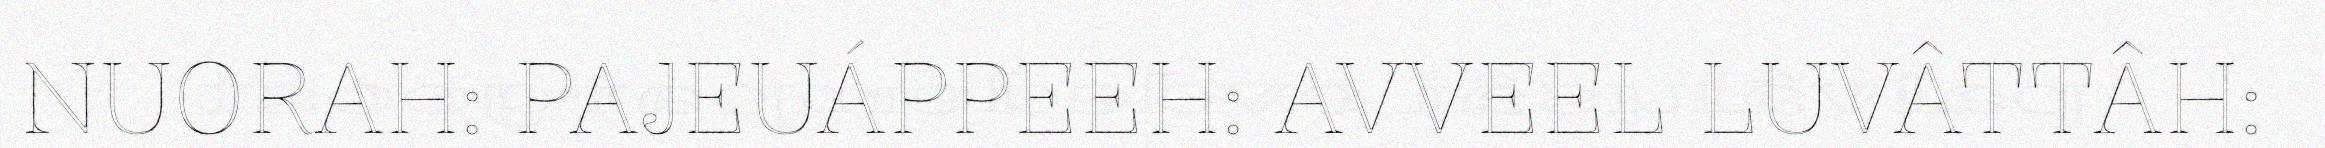
NUORAH: PAJEUÁPPEEH: AVVEEL LUVÂTTÂH: